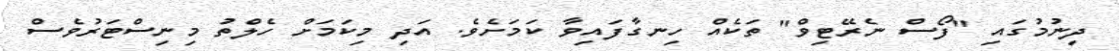
ދިނުމުގައި "ފޯސް ނެރޭޓިވް" ތަކެއް ހިނގާފައިވާ ކަމަށެވެ. އަދި މިކަމަށް ހެލްތު މިނިސްޓަރުވެސް